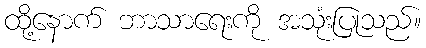
ထို့နောက် ဘာသာရေးကို အသုံးပြုသည်။